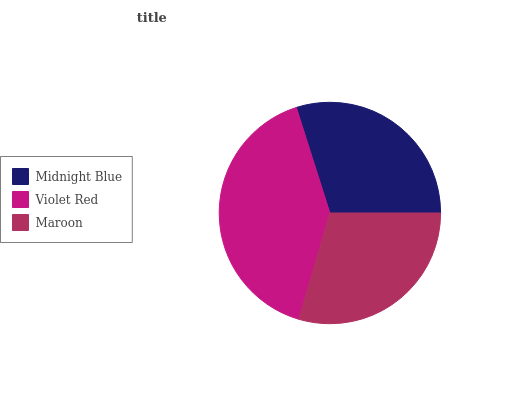
| Midnight Blue | Violet Red | Maroon |
 | --- | --- | --- |
 | 29.9% | 40.6% | 29.5% |